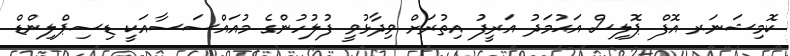
ކޮމިޝަނަރ އޮފް ޕޮލިސް އަޙުމަދު އަރީފު އިތުރަށް ވިދާޅުވީ ފުލުހުންގެ މުއައްސަސާއަކީ ޑިސިޕްލިންޑް